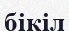
бікіл